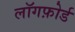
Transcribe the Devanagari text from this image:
लॉगफ़ोर्ड